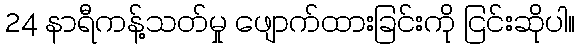
24 နာရီကန့်သတ်မှု ဖျောက်ထားခြင်းကို ငြင်းဆိုပါ။